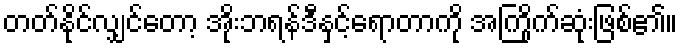
တတ်နိုင်လျှင်တော့ အိုးဘရန်ဒီနှင့်ရောတာကို အကြိုက်ဆုံးဖြစ်၏။